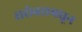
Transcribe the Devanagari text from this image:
सरोवरामधून